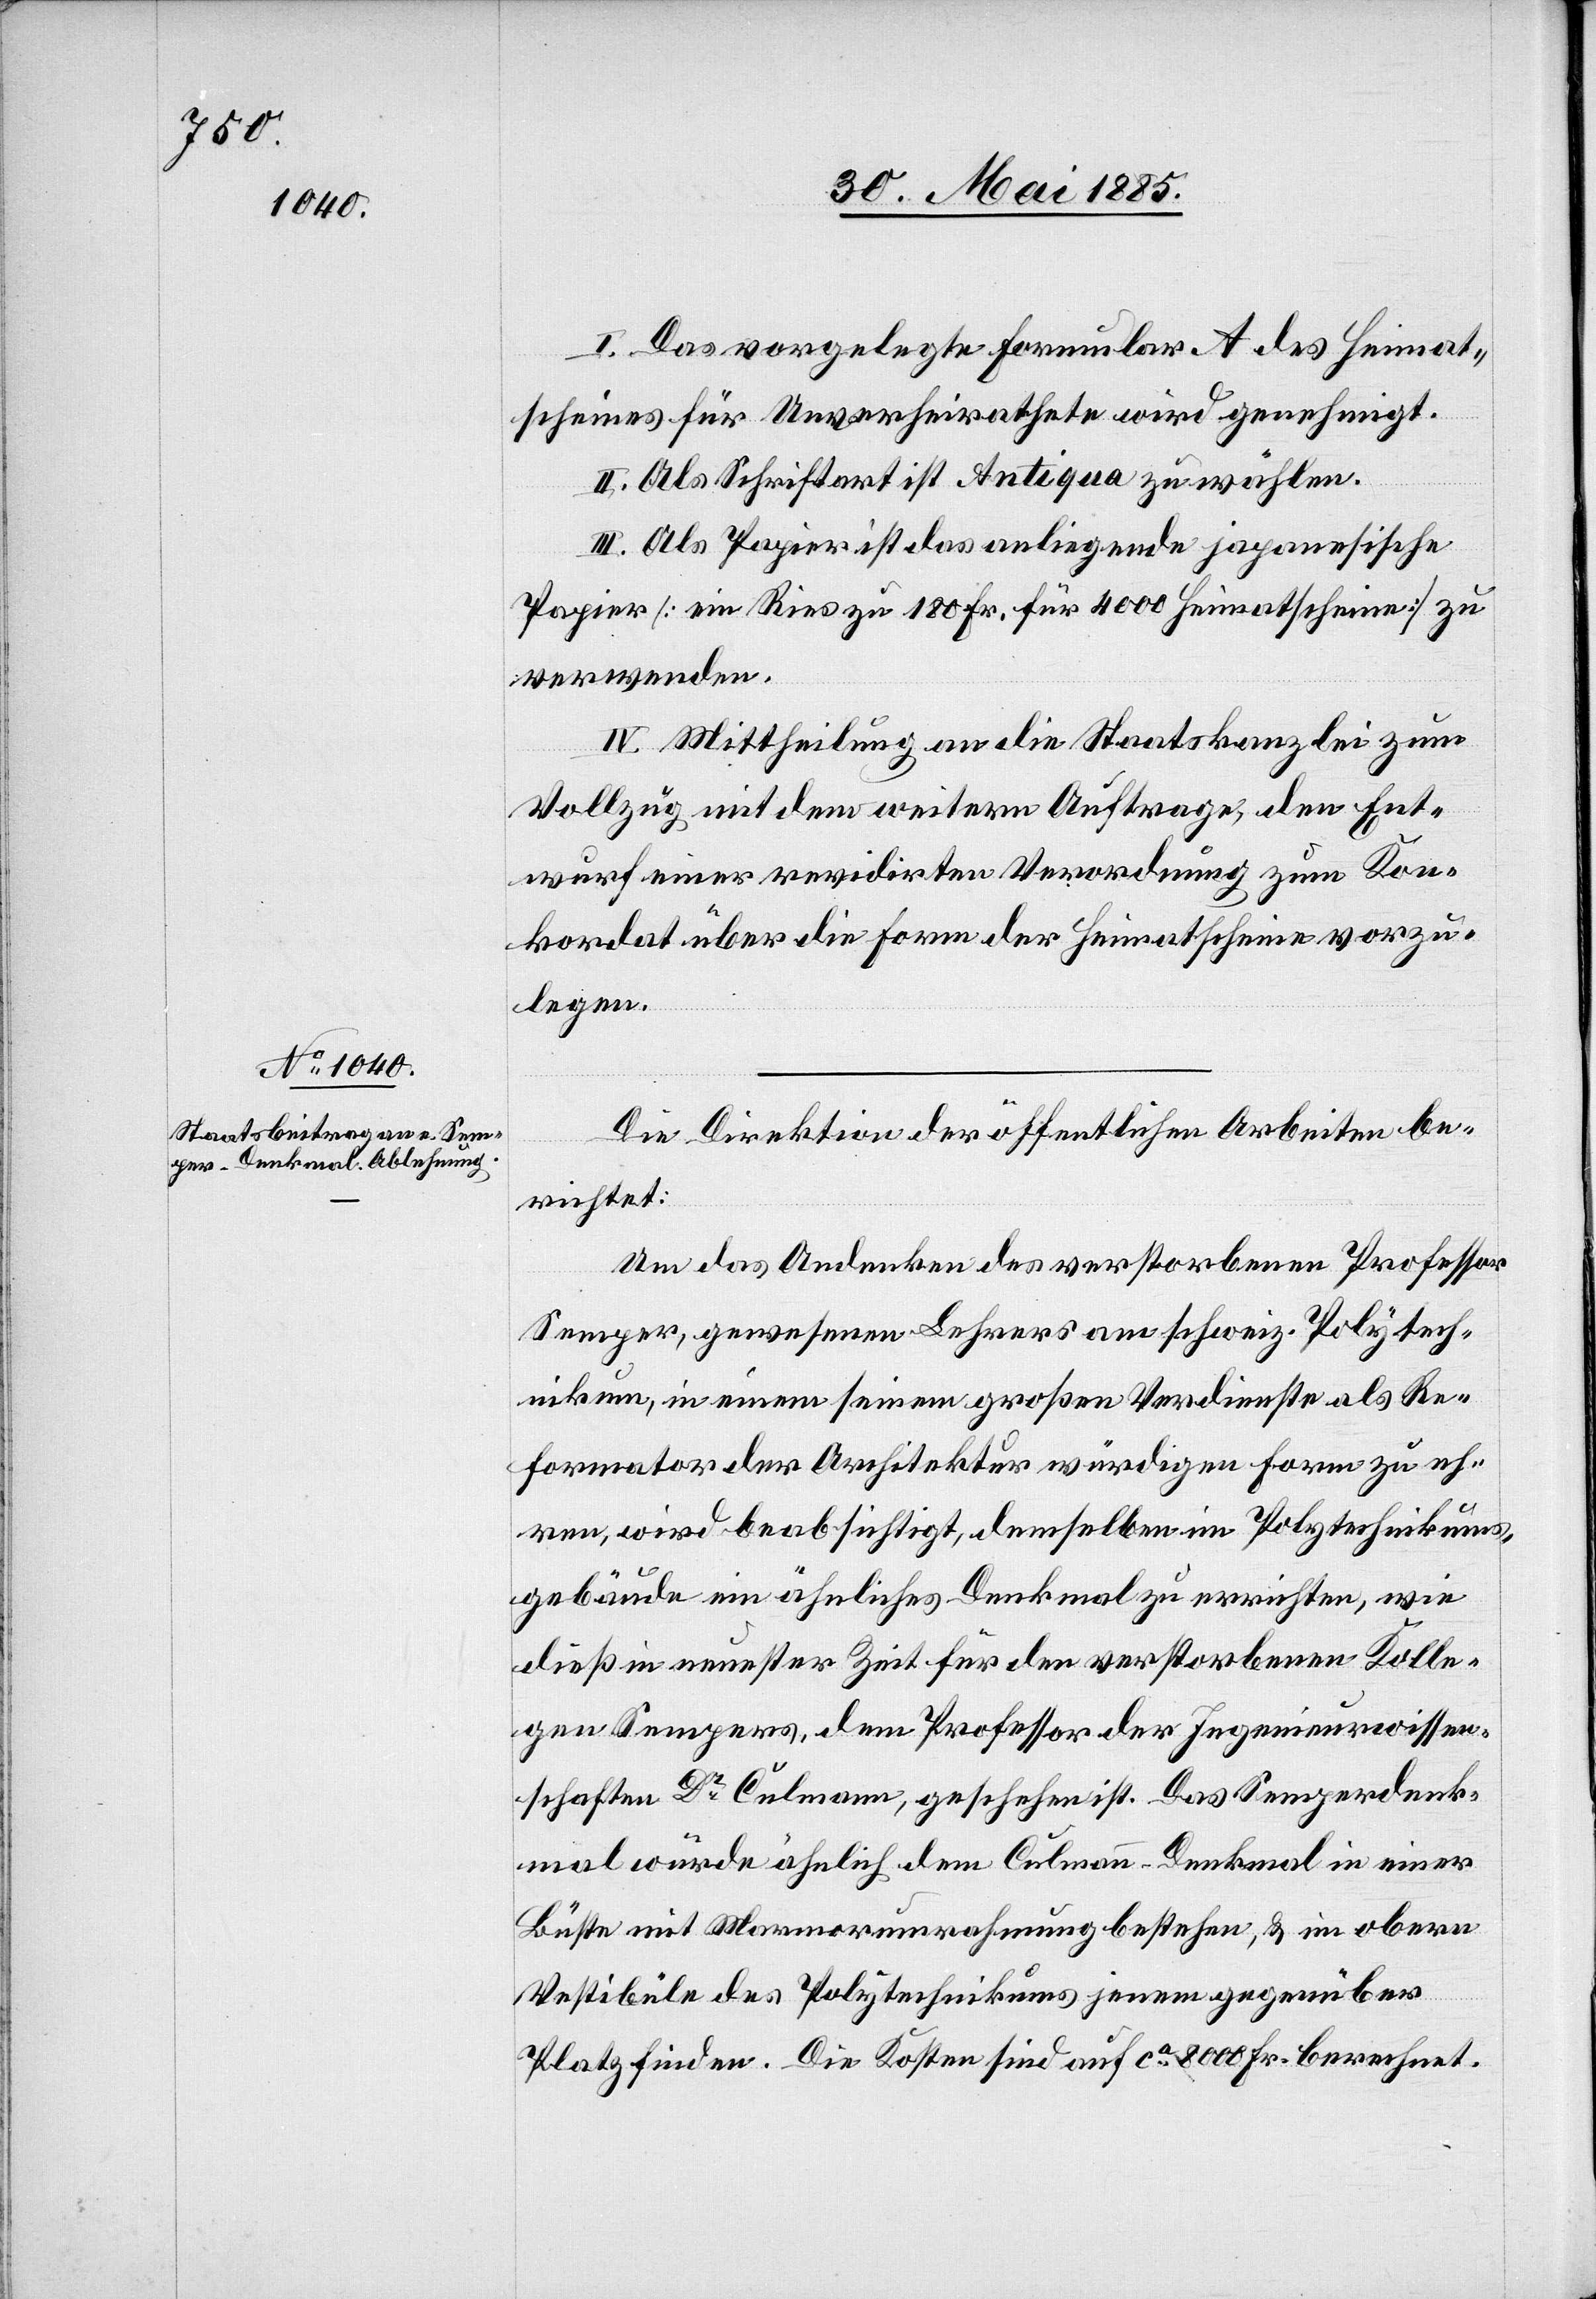
I. Das vorgelegte Formular A des Heimat¬
scheines für Unverheirathete wird genehmigt.
II. Als Schriftart ist Antiqua zu wählen.
III. Als Papier ist das anliegende japonesische
Papier [ein Ries zu 180 Fr. für 4000 Heimatscheine] zu
verwenden.
IV. Mittheilung an die Staatskanzlei zum
Vollzug mit dem weitern Auftrage, den Ent¬
wurf einer revidirten Verordnung zum Kon¬
kordat über die Form der Heimatscheine vorzu¬
legen.
Die Direktion der öffentlichen Arbeiten be¬
richtet:
Um das Andenken des verstorbenen Professor
Semper, gewesenen Lehrers am schweiz. Polytech¬
nikum, in einem seinem großen Verdienste als Re¬
formator der Architektur würdigen Form zu eh¬
ren, wird beabsichtigt, demselben im Polytechnikums¬
gebäude ein ähnliches Denkmal zu errichte, wie
dieß in neuster Zeit für den verstorbenen Kolle¬
gen Sempers, dem Professor der Ingenieurwissen¬
schaften Dr Culmann, geschehen ist. Das Semperdenk¬
mal würde ähnlich dem Culmann-Denkmal in einer
Büste mit Marmorumrahmung bestehen, & im obern
Vestibüle des Polytechnikums jenem gegenüber
Platz finden. Die Kosten sind auf ca 8000 Fr. berechnet.